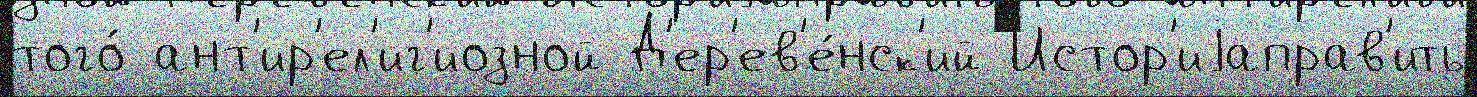
того́ ант'ир'ел'иг'иозной Д'ер'ев'е́нск'ий Истор'иjаправ'ить